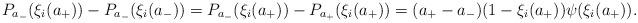
LaTeX: \begin{align*}P_{a_-}(\xi_i(a_+))-P_{a_-}(\xi_i(a_-))=P_{a_-}(\xi_i(a_+))-P_{a_+}(\xi_i(a_+))=(a_+-a_-)(1-\xi_i(a_+))\psi(\xi_i(a_+)).\end{align*}